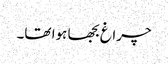
چراغ بجھا ہوا تھا۔